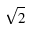
\sqrt { 2 }